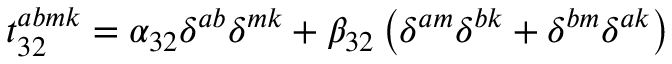
t _ { 3 2 } ^ { a b m k } = \alpha _ { 3 2 } \delta ^ { a b } \delta ^ { m k } + \beta _ { 3 2 } \left( \delta ^ { a m } \delta ^ { b k } + \delta ^ { b m } \delta ^ { a k } \right)